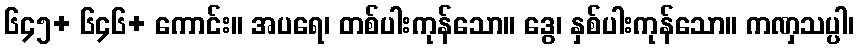
၆၄၅+ ၆၄၆+ ကောင်း။ အပရေ၊ တစ်ပါးကုန်သော။ ဒွေ၊ နှစ်ပါးကုန်သော။ ကဏှသပ္ပါ၊